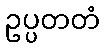
ဥပ္ပတတံ